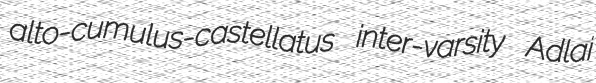
alto-cumulus-castellatus inter-varsity Adlai